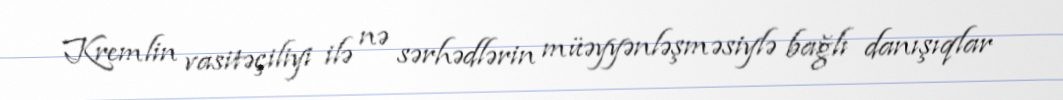
Kremlin vasitəçiliyi ilə nə sərhədlərin müəyyənləşməsiylə bağlı danışıqlar